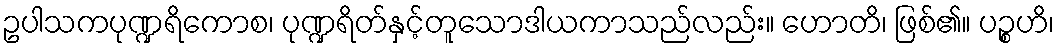
ဥပါသကပုဏ္ဍရိကောစ၊ ပုဏ္ဍရိတ်နှင့်တူသောဒါယကာသည်လည်း။ ဟောတိ၊ ဖြစ်၏။ ပဉ္စဟိ၊